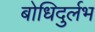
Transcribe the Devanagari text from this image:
बोधिदुर्लभ